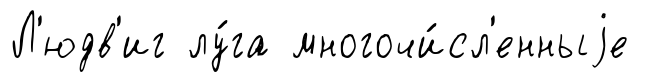
Л'юдв'иг лу́га многочи́сл'енныjе